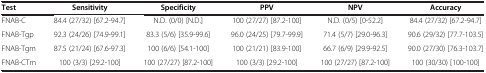
<table><thead><tr><td><b>Test</b></td><td><b>Sensitivity</b></td><td><b>Specificity</b></td><td><b>PPV</b></td><td><b>NPV</b></td><td><b>Accuracy</b></td></tr></thead><tbody><tr><td>FNAB-C</td><td>84.4 (27/32) [67.2-94.7]</td><td>N.D. (0/0) [N.D.]</td><td>100 (27/27) [87.2-100]</td><td>N.D. (0/5) [0-52.2]</td><td>84.4 (27/32) [67.2-94.7]</td></tr><tr><td>FNAB-Tgp</td><td>92.3 (24/26) [74.9-99.1]</td><td>83.3 (5/6) [35.9-99.6]</td><td>96.0 (24/25) [79.7-99.9]</td><td>71.4 (5/7) [29.0-96.3]</td><td>90.6 (29/32) [77.7-103.5]</td></tr><tr><td>FNAB-Tgm</td><td>87.5 (21/24) [67.6-97.3]</td><td>100 (6/6) [54.1-100]</td><td>100 (21/21) [83.9-100]</td><td>66.7 (6/9) [29.9-92.5]</td><td>90.0 (27/30) [76.3-103.7]</td></tr><tr><td>FNAB-CTm</td><td>100 (3/3) [29.2-100]</td><td>100 (27/27) [87.2-100]</td><td>100 (3/3) [29.2-100]</td><td>100 (27/27) [87.2-100]</td><td>100 (30/30) [100-100]</td></tr></tbody></table>